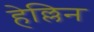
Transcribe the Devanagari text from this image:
हेल्लिन